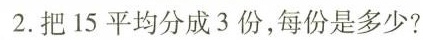
2.把15平均分成3份，每份是多少?